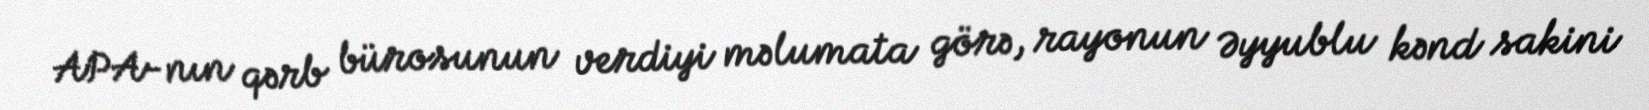
APA-nın qərb bürosunun verdiyi məlumata görə, rayonun Əyyublu kənd sakini